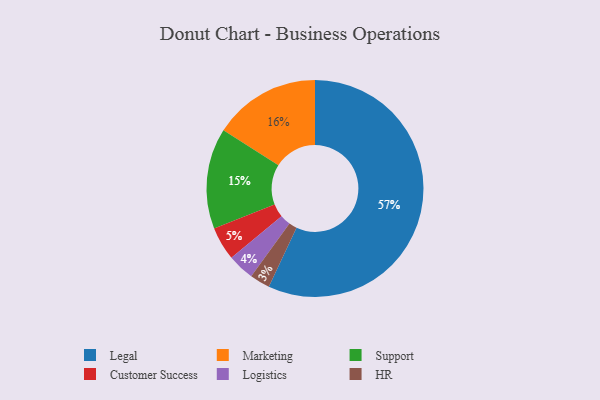
{"axis": {"x": "Category", "y": "Percentage"}, "legend": ["Customer Success", "HR", "Legal", "Logistics", "Marketing", "Support"], "data": [{"x": "Marketing", "y": 16, "type": "Marketing"}, {"x": "Legal", "y": 57, "type": "Legal"}, {"x": "HR", "y": 3, "type": "HR"}, {"x": "Customer Success", "y": 5, "type": "Customer Success"}, {"x": "Support", "y": 15, "type": "Support"}, {"x": "Logistics", "y": 4, "type": "Logistics"}]}